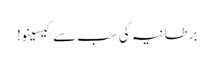
برطانیہ کی سب سے کیسینو!